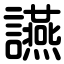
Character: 讌